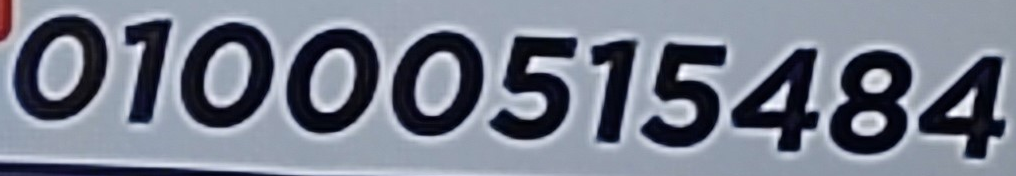
01000515484